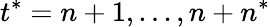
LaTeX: t^{*}=n+1,...,n+n^{*}